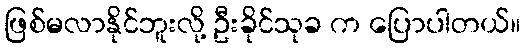
ဖြစ်မလာနိုင်ဘူးလို့ ဦးခိုင်သုခ က ပြောပါတယ်။